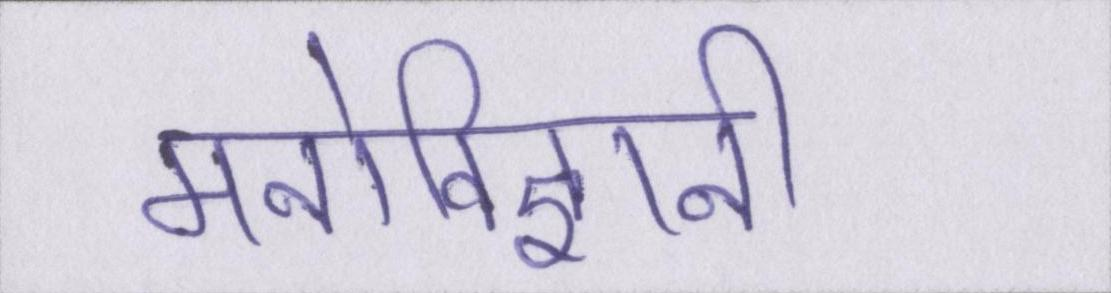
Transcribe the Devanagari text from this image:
मनोविज्ञानी